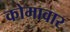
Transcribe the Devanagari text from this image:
कोमावार